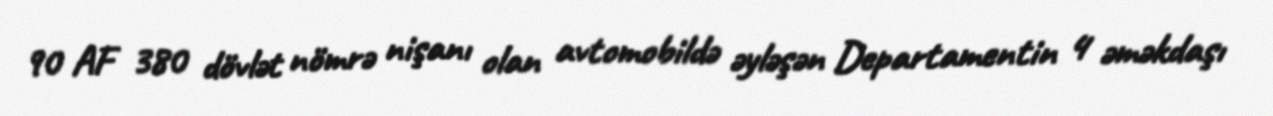
90 AF 380 dövlət nömrə nişanı olan avtomobildə əyləşən Departamentin 4 əməkdaşı